Vaccination in the Punjab 1919-1929 - 1919-1929
Year: 1919
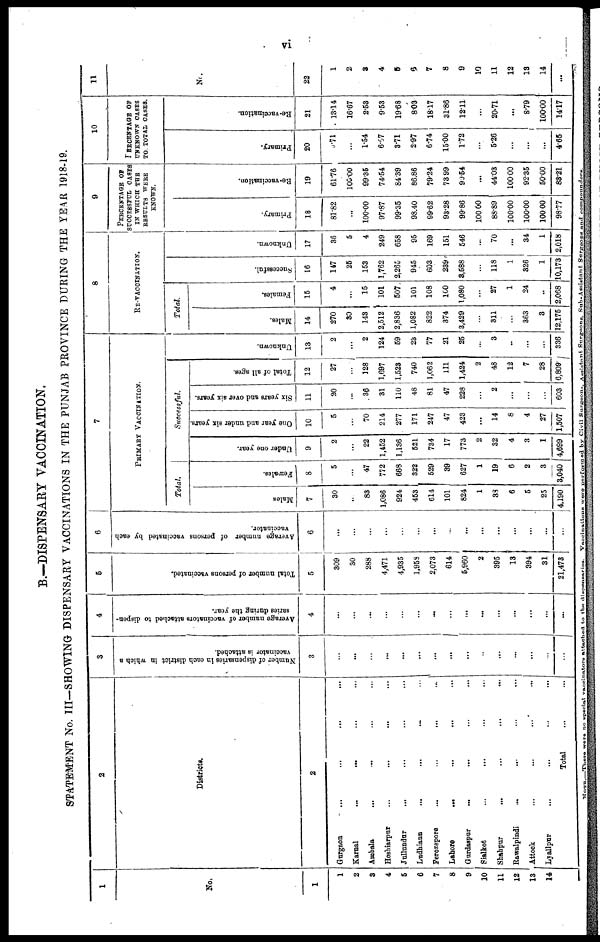
vi
B.—DISPENSARY VACCINATION.
STATEMENT No. III—SHOWING DISPENSARY VACCINATIONS IN THE PUNJAB PROVINCE DURING THE YEAR 1918-19.
1
No.
1
1
2
3
4
5
6
7
8
9
10
11
12
13
14
2
Districts.
2
Gurgaon ... ... ... ...
Karnal ... ... ... ...
Ambala
...
...
...
...
Hoshiarpur ... ... ... ...
Jullundar ... ... ... ...
Ludhiann ... ... ... ...
Ferozepore
...
...
...
...
Lahore ... ... ... ...
Gurdaspur
...
...
...
...
Sialkot ... ... ... ...
Shahpur ... ... ... ...
Rawalpindi ... ... ... ...
Attock ... ... ... ...
Lyallpur ... ... ... ...
Total ... ...
3
Number of dispensaries in each district in which a
vaccinator is attached.
3
...
...
...
...
...
...
...
...
...
...
...
...
...
...
. . .
4
Average number of vaccinators attached to dispen-
saries during the year.
4
...
...
...
...
...
...
...
...
...
...
...
...
...
...
...
5
Total number of persons vaccinated.
5
309
30
288
4,471
4,935
1,958
2,073
614
5,960
2
395
13
394
31
21,473
6
Average number of persons vaccinated by each
vaccinator.
6
...
...
...
...
...
...
...
...
...
...
...
...
...
...
...
7
PRIMARY VACCINATION.
Total.
Males
7
30
...
83
1,086
924
453
614
101
824
1
38
6
5
25
4,190
Females.
8
5
...
47
772
668
322
529
39
627
1
19
6
2
3
3,040
Successful.
Under one year.
9
2
...
22
1,452
1,136
521
734
17
773
2
32
4
3
1
4,699
One year and under six years.
10
5
...
70
214
277
171
247
47
423
...
14
8
4
27
1,507
Six years and over six years.
11
20
...
36
31
110
48
81
47
228
2
...
...
...
603
Total of all ages.
12
27
...
128
1,697
1,523
740
1,062
111
1,424
2
48
12
7
28
6,809
Unknown.
13
2
...
2
124
59
23
77
21
25
...
3
...
...
...
336
8
RE-VACCINATION.
Total.
Males.
14
270
30
143
2,512
2,836
1,082
822
374
3,429
...
311
...
363
3
12,175
Females.
15
4
...
15
101
507
101
108
100
1,080
...
27
1
24
..
2,068
Successful.
16
147
25
153
1,762
2,265
945
603
239
3,588
...
118
1
326
1
10,173
Unknown.
17
36
5
4
249
658
95
169
151
546
...
70
...
34
1
2,018
9
PERCENTAGE OF
SUCCESSFUL CASES
IN WHICH THE
RESULTS WERE
KNOWN.
Primary.
18
81.82
...
100.00
97.87
99.35
98.40
99.62
93.28
99.86
100.00
88.89
100.00
100.00
100.00
98.77
Re-vaccination.
19
61.76
100.00
99.35
74.54
84.39
86.86
79.24
73.99
90.54
...
44.03
100.00
92.35
50.00
83.21
10
PERCENTAGE OF
UNKNOWN CASES
TO TOTAL CASES.
Primary.
20
3.71
...
1.54
6.07
3.71
2.97
6.74
15.00
1.72
...
5.26
...
...
...
4.65
Re-vaccination.
21
13.14
16.67
2.53
9.53
19.68
8.03
18.17
31.86
12.11
...
20.71
...
8.79
100.00
14.17
11
No.
22
1
2
3
4
5
6
7
8
9
10
11
12
13
14
...
NOTE.—There were no special vaccinators attached to the dispesaries. Vaccinations were performed by Civil Surgeons. Assistant Surgeons. Sub-Assistant Surgeons and comnoumdors